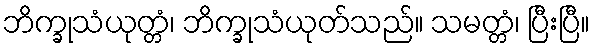
ဘိက္ခုသံယုတ္တံ၊ ဘိက္ခုသံယုတ်သည်။ သမတ္တံ၊ ပြီးပြီ။